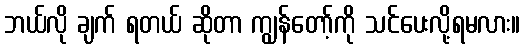
ဘယ်လို ချက် ရတယ် ဆိုတာ ကျွန်တော့်ကို သင်ပေးလို့ရမလား။